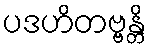
ပဒဟိတဗ္ဗန္တိ